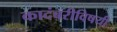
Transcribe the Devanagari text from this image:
कादंबरीविषयी